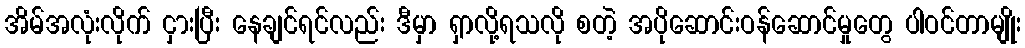
အိမ်အလုံးလိုက် ငှားပြီး နေချင်ရင်လည်း ဒီမှာ ရှာလို့ရသလို စတဲ့ အပိုဆောင်းဝန်ဆောင်မှုတွေ ပါဝင်တာမျိုး